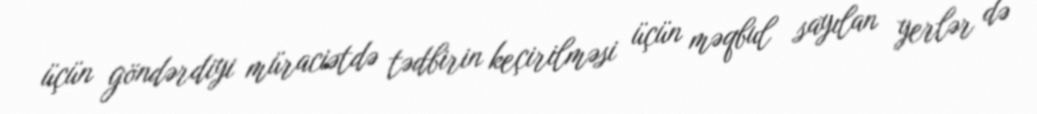
üçün göndərdiyi müraciətdə tədbirin keçirilməsi üçün məqbul sayılan yerlər də